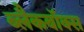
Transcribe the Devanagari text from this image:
ब्लैकबॉक्स